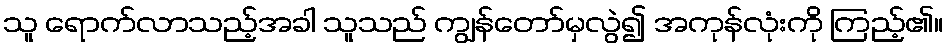
သူ ရောက်လာသည့်အခါ သူသည် ကျွန်တော်မှလွဲ၍ အကုန်လုံးကို ကြည့်၏။